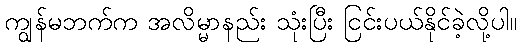
ကျွန်မဘက်က အလိမ္မာနည်း သုံးပြီး ငြင်းပယ်နိုင်ခဲ့လို့ပါ။